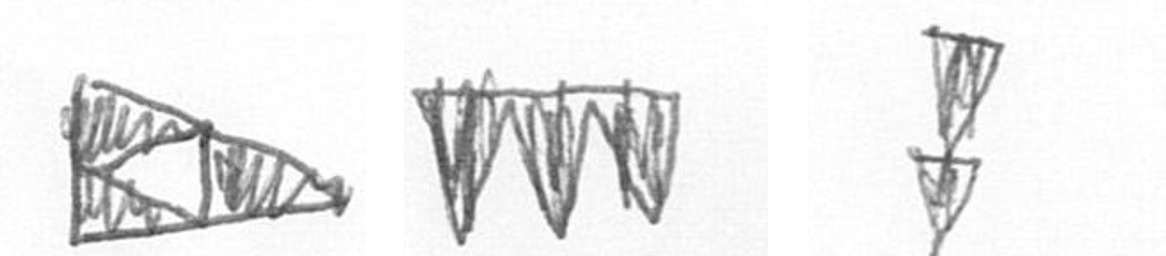
K L Z